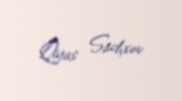
Qiyas Sadıxov